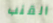
القنب